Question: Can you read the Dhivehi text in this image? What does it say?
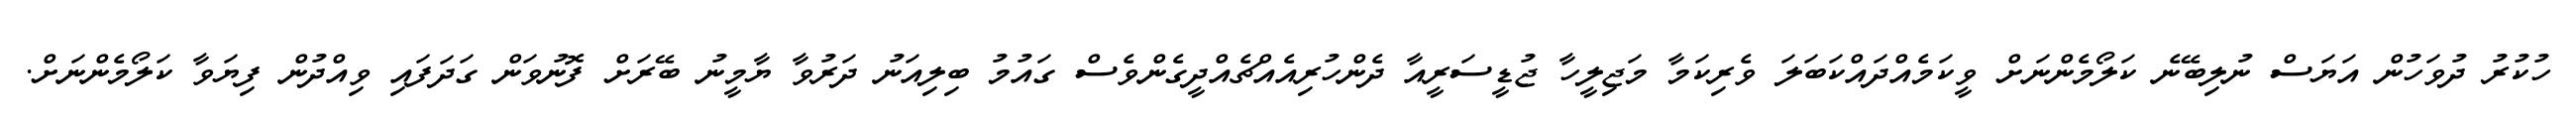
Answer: ހުކުރު ދުވަހުން އަޔަސް ނުލިބޭނެ ކަލޯމެންނަށް ވީކަމެއްދައްކަބަލަ ވެރިކަމާ މަޖިލީހާ ޖުޑީސަރީއާ ދެންހުރިއެއްޗެއްދީގެންވެސް ގައުމު ބިލިއަނު ދަރުވާ ޔާމީނު ބޭރަށް ފޮނުވަން ގަދަފައި ވިއްދުން ފިޔަވާ ކަލޯމެންނަށް.